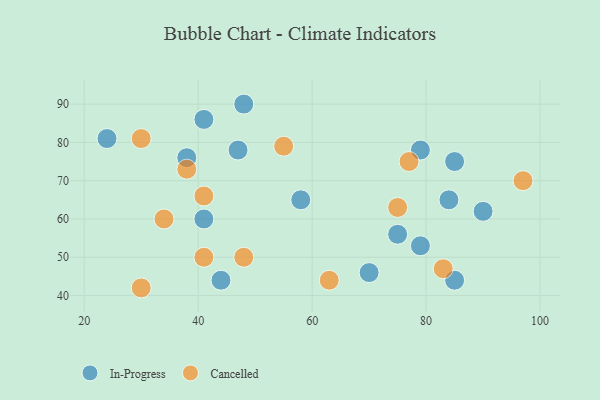
{"axis": {"x": "GDP", "y": "Life Expectancy"}, "legend": ["Cancelled", "In-Progress"], "data": [{"x": "90", "y": 62, "type": "In-Progress"}, {"x": "85", "y": 44, "type": "In-Progress"}, {"x": "79", "y": 78, "type": "In-Progress"}, {"x": "41", "y": 86, "type": "In-Progress"}, {"x": "79", "y": 53, "type": "In-Progress"}, {"x": "85", "y": 75, "type": "In-Progress"}, {"x": "47", "y": 78, "type": "In-Progress"}, {"x": "70", "y": 46, "type": "In-Progress"}, {"x": "38", "y": 76, "type": "In-Progress"}, {"x": "84", "y": 65, "type": "In-Progress"}, {"x": "41", "y": 60, "type": "In-Progress"}, {"x": "24", "y": 81, "type": "In-Progress"}, {"x": "48", "y": 90, "type": "In-Progress"}, {"x": "75", "y": 56, "type": "In-Progress"}, {"x": "44", "y": 44, "type": "In-Progress"}, {"x": "58", "y": 65, "type": "In-Progress"}, {"x": "75", "y": 63, "type": "Cancelled"}, {"x": "30", "y": 81, "type": "Cancelled"}, {"x": "34", "y": 60, "type": "Cancelled"}, {"x": "41", "y": 50, "type": "Cancelled"}, {"x": "30", "y": 42, "type": "Cancelled"}, {"x": "38", "y": 73, "type": "Cancelled"}, {"x": "55", "y": 79, "type": "Cancelled"}, {"x": "77", "y": 75, "type": "Cancelled"}, {"x": "41", "y": 66, "type": "Cancelled"}, {"x": "83", "y": 47, "type": "Cancelled"}, {"x": "97", "y": 70, "type": "Cancelled"}, {"x": "48", "y": 50, "type": "Cancelled"}, {"x": "63", "y": 44, "type": "Cancelled"}]}